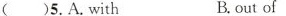
()5.A.with B.out of